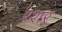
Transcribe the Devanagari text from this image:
श्शर